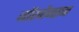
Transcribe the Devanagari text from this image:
जॉरजैन्सन